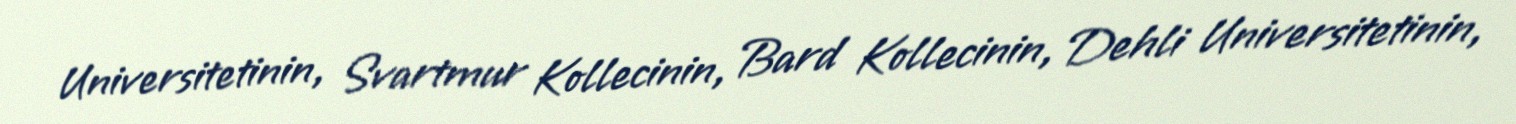
Universitetinin, Svartmur Kollecinin, Bard Kollecinin, Dehli Universitetinin,